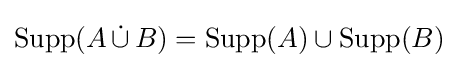
\operatorname {Supp} (A\,{\dot {\cup }}\,B)=\operatorname {Supp} (A)\cup \operatorname {Supp} (B)